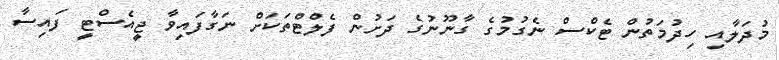
މުދަލާއި ހިދުމަތުން ޓެކްސް ނެގުމުގެ ގާނޫނުގެ ދަށުން ފެލްޓްތަކަށް ނަގާފައިވާ ޖީއެސްޓީ ފައިސާ